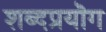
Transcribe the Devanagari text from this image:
शब्दप्रयॊग